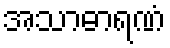
အသာဓာရဏံ